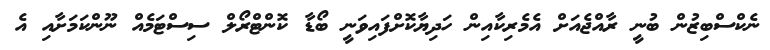
ނެކްސްބިޒުން ބުނީ ރާއްޖެއަށް އެމެރިކާއިން ހަދިޔާކޮށްފައިވަނީ ބޯޑާ ކޮންޓްރޯލް ސިސްޓަމެއް ނޫންކަމަށާއި އެ